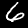
Label: 6